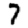
Digit: 7